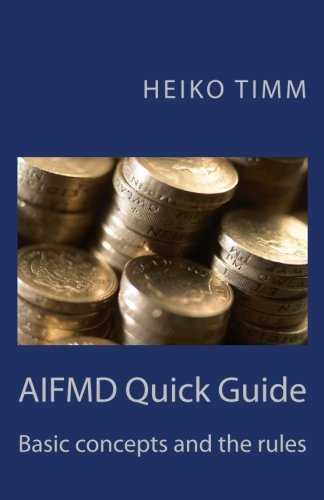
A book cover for AIFMD Quick Guide: Introduction to rules and concepts (International Financial Market Regulation) (Volume 2); Heiko Timm; Law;